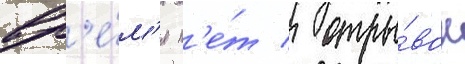
вр'е́м'я н'е́т / отры́вок